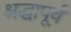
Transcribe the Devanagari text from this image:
श्रद्धापूर्व